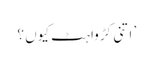
’ اتنی کڑواہٹ کیوں ؟